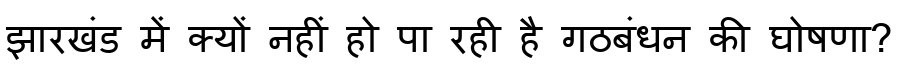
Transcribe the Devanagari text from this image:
झारखंड में क्यों नहीं हो पा रही है गठबंधन की घोषणा?